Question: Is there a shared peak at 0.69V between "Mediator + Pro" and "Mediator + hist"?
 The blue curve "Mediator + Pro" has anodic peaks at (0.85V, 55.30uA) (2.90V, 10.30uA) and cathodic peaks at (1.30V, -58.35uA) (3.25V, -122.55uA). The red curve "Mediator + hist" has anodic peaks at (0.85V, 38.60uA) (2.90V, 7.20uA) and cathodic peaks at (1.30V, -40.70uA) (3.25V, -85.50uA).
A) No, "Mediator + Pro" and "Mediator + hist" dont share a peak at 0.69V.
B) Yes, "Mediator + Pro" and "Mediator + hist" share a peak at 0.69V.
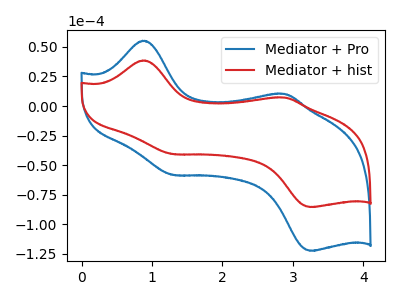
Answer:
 <answer>A) No, "Mediator + Pro" and "Mediator + hist" dont share a peak at 0.69V.</answer>
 <eval>A</eval>